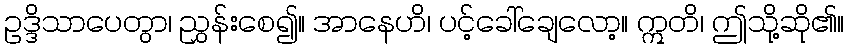
ဥဒ္ဒိသာပေတွာ၊ ညွှန်းစေ၍။ အာနေဟိ၊ ပင့်ခေါ်ချေလော့။ ဣတိ၊ ဤသို့ဆို၏။